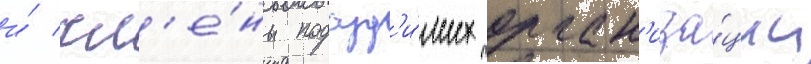
и́ чл'е́ны подсуд'и́мых орган'иза́ции